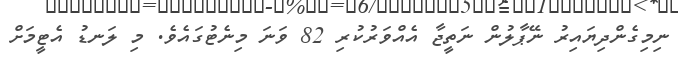
ނިމިގެންދިޔައިރު ނޭޕާލުން ނަތީޖާ އެއްވަރުކުރި 82 ވަނަ މިނެޓުގައެވެ. މި ލަނޑު އެޓީމަށް